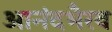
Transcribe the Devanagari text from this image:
आनंदभैरव